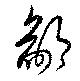
鄙